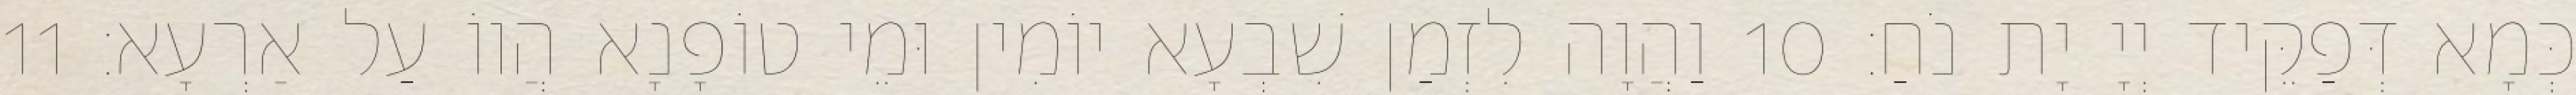
כְּמָא דְּפַקֵּיד יְיָ יָת נֹחַ׃ 10 וַהֲוָה לִזְמַן שִׁבְעָא יוֹמִין וּמֵי טוֹפָנָא הֲווֹ עַל אַרְעָא׃ 11